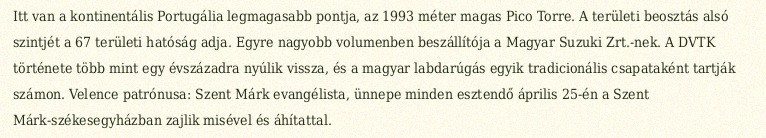
Itt van a kontinentális Portugália legmagasabb pontja, az 1993 méter magas Pico Torre. A területi beosztás alsó szintjét a 67 területi hatóság adja. Egyre nagyobb volumenben beszállítója a Magyar Suzuki Zrt.-nek. A DVTK története több mint egy évszázadra nyúlik vissza, és a magyar labdarúgás egyik tradicionális csapataként tartják számon. Velence patrónusa: Szent Márk evangélista, ünnepe minden esztendő április 25-én a Szent Márk-székesegyházban zajlik misével és áhítattal.